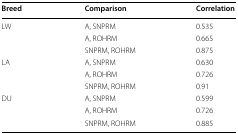
<table><thead><tr><td><b>Breed</b></td><td><b>Comparison</b></td><td><b>Correlation</b></td></tr></thead><tbody><tr><td rowspan="3">LW</td><td>A, SNPRM</td><td>0.535</td></tr><tr><td>A, ROHRM</td><td>0.665</td></tr><tr><td>SNPRM, ROHRM</td><td>0.875</td></tr><tr><td rowspan="3">LA</td><td>A, SNPRM</td><td>0.630</td></tr><tr><td>A, ROHRM</td><td>0.726</td></tr><tr><td>SNPRM, ROHRM</td><td>0.91</td></tr><tr><td rowspan="3">DU</td><td>A, SNPRM</td><td>0.599</td></tr><tr><td>A, ROHRM</td><td>0.726</td></tr><tr><td>SNPRM, ROHRM</td><td>0.885</td></tr></tbody></table>